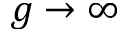
g \rightarrow \infty